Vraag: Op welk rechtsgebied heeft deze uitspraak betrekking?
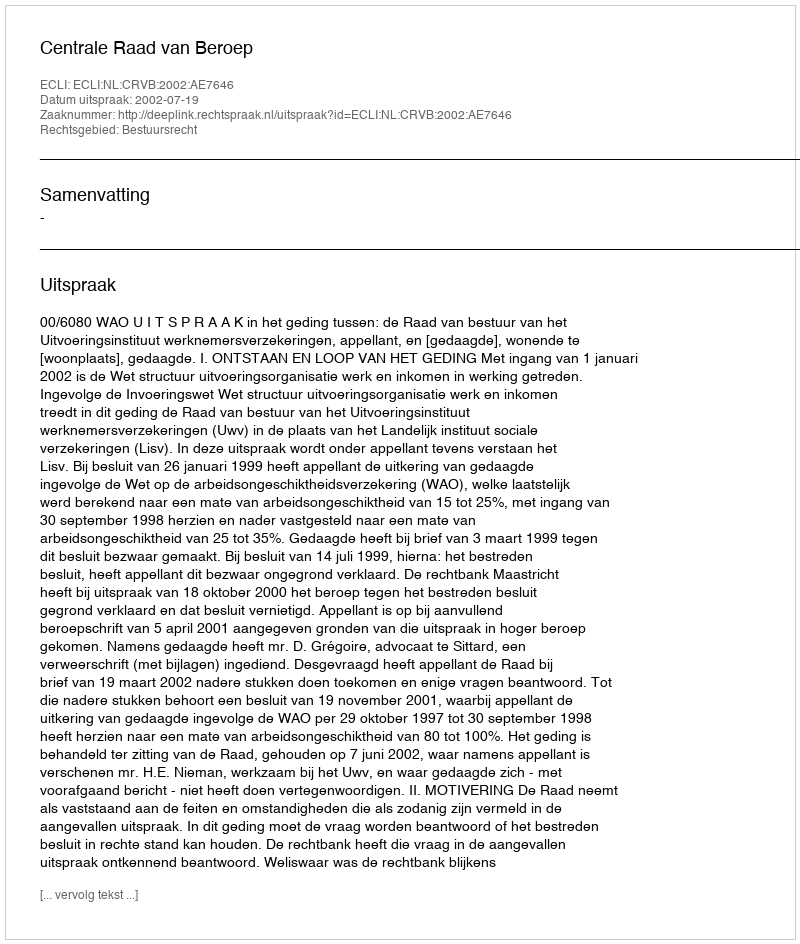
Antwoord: Bestuursrecht